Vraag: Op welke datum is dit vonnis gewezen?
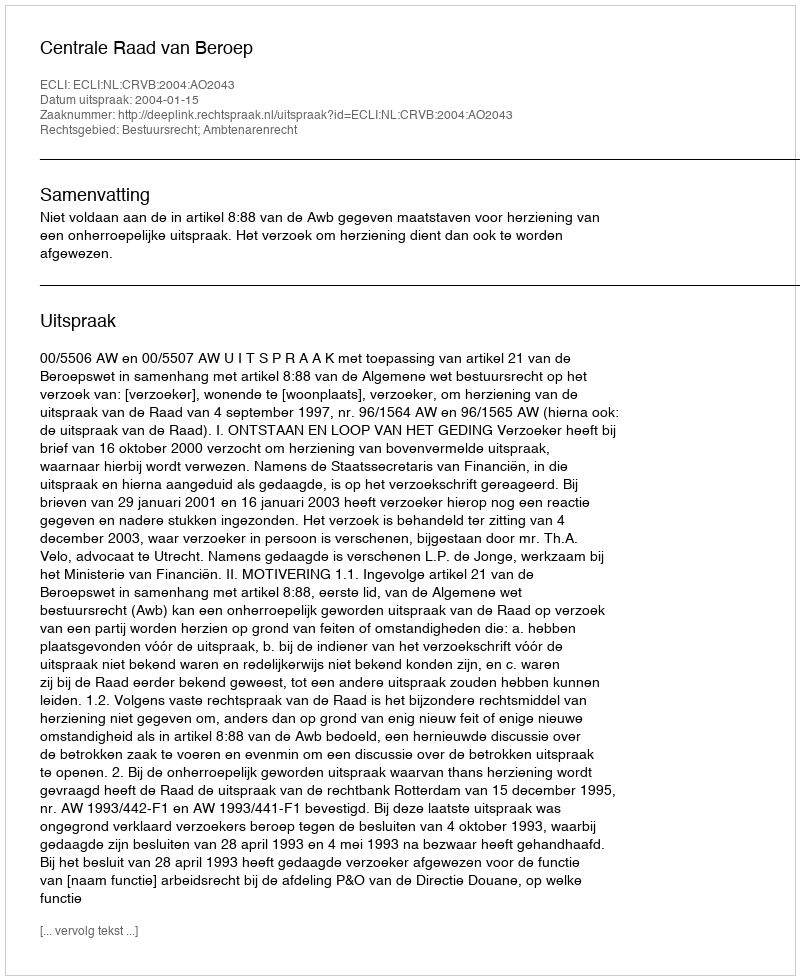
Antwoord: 2004-01-15